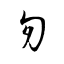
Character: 匇